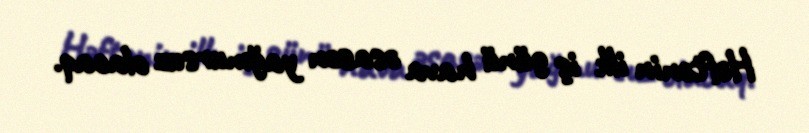
Həftənin ilk iş günü hava əsasən yağmursuz olacaq.